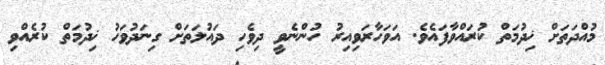
މުއްދަތަށް ޚިދުމަތް ކުރައްވާފައެވެ. އަވަހާރަވިއިރު ހުންނެވީ ދިވެހި ދައުލަތަށް ގިނަދުވަހު ޚިދުމަތް ކުރެއްވި